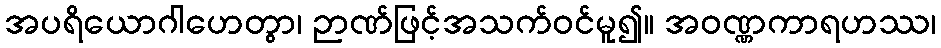
အပရိယောဂါဟေတွာ၊ ဉာဏ်ဖြင့်အသက်ဝင်မူ၍။ အဝဏ္ဏကာရဟဿ၊